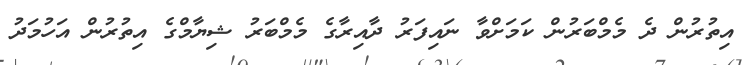
އިތުރުން ދެ މެމްބަރުން ކަމަށްވާ ނައިފަރު ދާއިރާގެ މެމްބަރު ޝިޔާމްގެ އިތުރުން އަހުމަދު